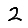
Digit: 2